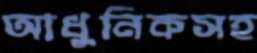
আধুনিকসহ